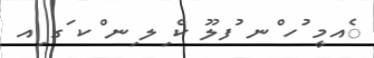
ެއމީ ުހ ްނ ުފލޫ ކް ިލ ިނ ްކ ަގ ިއ